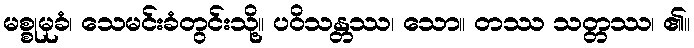
မစ္စုမုခံ၊ သေမင်းခံတွင်းသို့။ ပဝိသန္တဿ၊ သော။ တဿ သတ္တဿ၊ ၏။